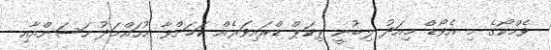
ވެމްކޯގެ މި އެވޯޑް މިއަދު ލިބުނީ ޕިކަޕް ޑްރައިވަރެއް ކަމަށްވާ މުހައްމަދު ހަސަންއާއި